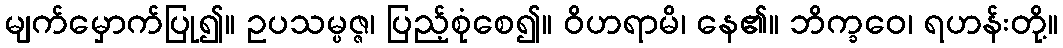
မျက်မှောက်ပြု၍။ ဥပသမ္ပဇ္ဇ၊ ပြည့်စုံစေ၍။ ဝိဟရာမိ၊ နေ၏။ ဘိက္ခဝေ၊ ရဟန်းတို့။